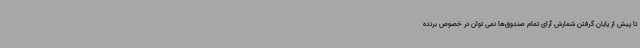
تا پیش از پایان گرفتن شمارش آرای تمام صندوق‌ها نمی توان در خصوص برنده